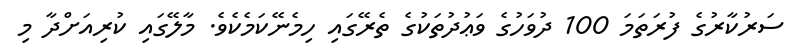
ސަރުކާރުގެ ފުރަތަމަ 100 ދުވަހުގެ ވަޢުދުތަކުގެ ތެރޭގައި ހިމެނޭކަމެކެވެ. މާލޭގައި ކުރިއަށްދާ މި